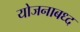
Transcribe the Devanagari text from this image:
योजनाबध्द